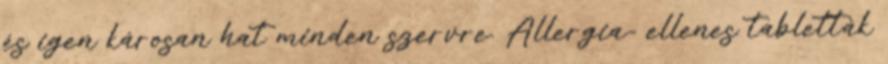
és igen károsan hat minden szervre. Allergia- ellenes tabletták